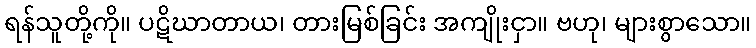
ရန်သူတို့ကို။ ပဋိဃာတာယ၊ တားမြစ်ခြင်း အကျိုးငှာ။ ဗဟု၊ များစွာသော။